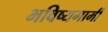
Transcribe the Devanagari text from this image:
भविष्यगामी